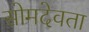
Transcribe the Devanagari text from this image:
सोमदेवता